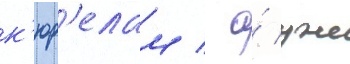
к'юр'елам / а́ уже